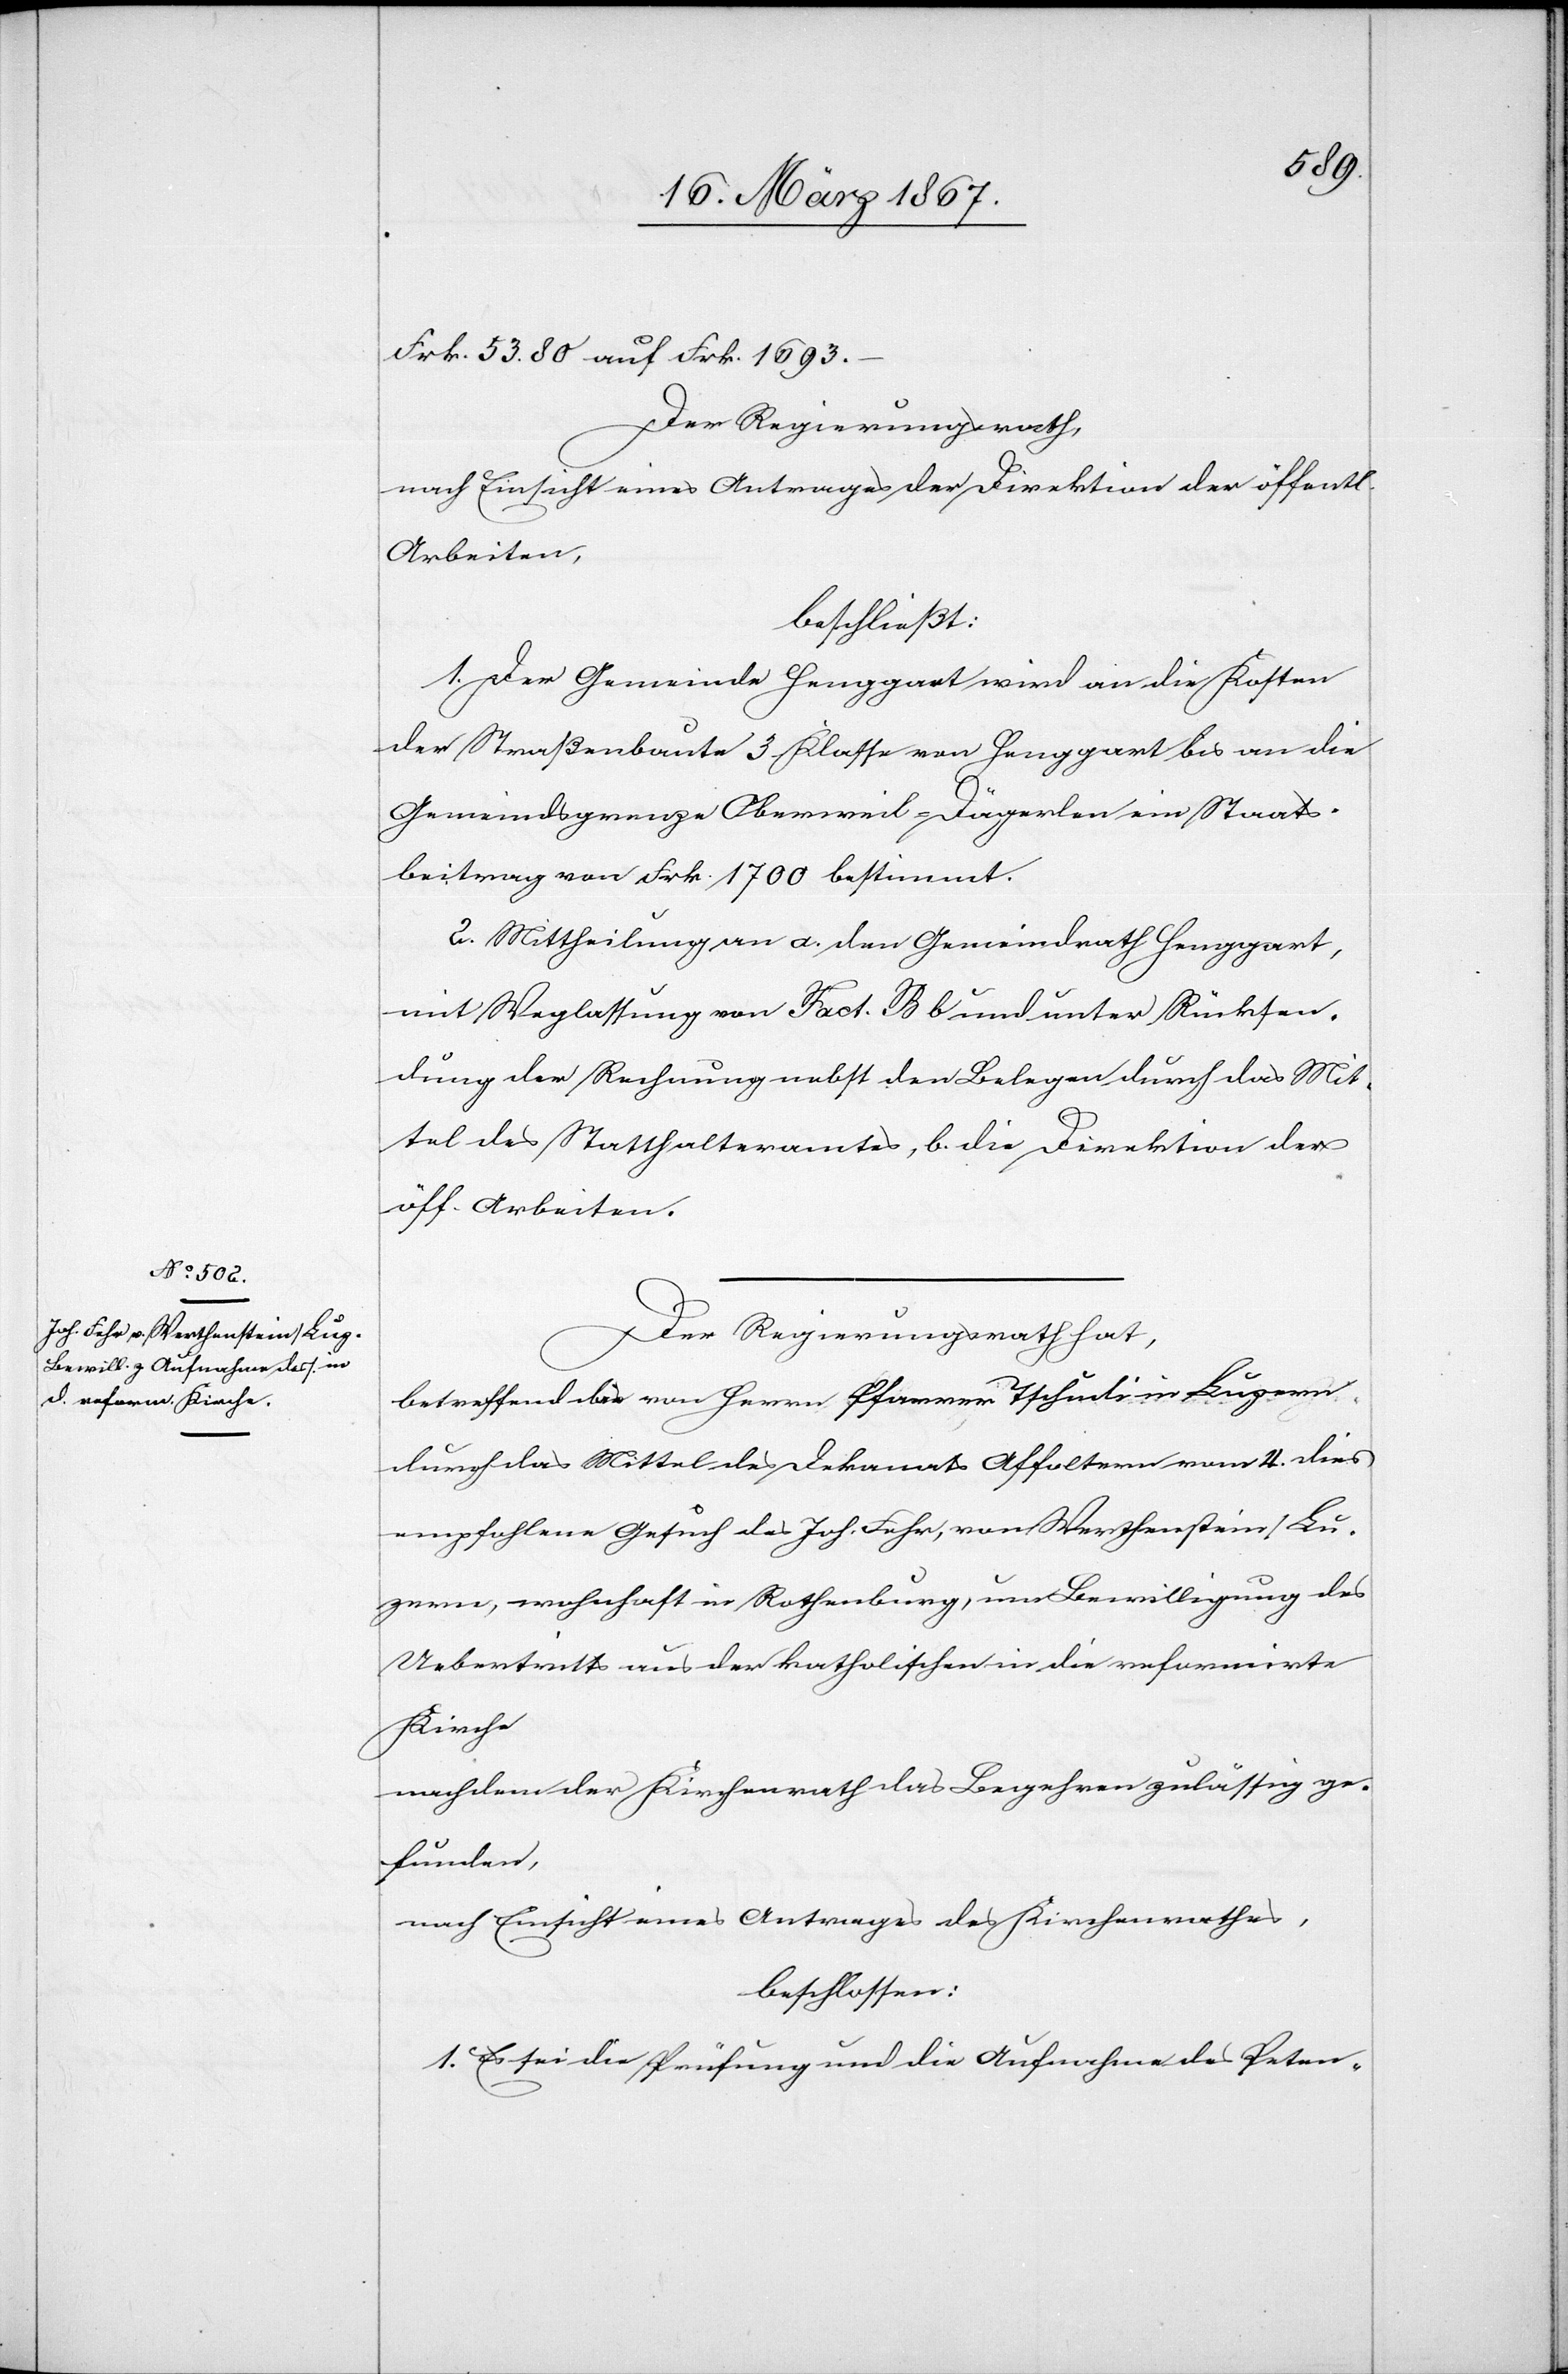
Frk. 53.80 auf Frk. 1693.–
Der Regierungsrath,
nach Einsicht eines Antrages der Direktion der öffentl.
Arbeiten
beschließt:
1. Der Gemeinde Henggart wird an die Kosten
der Straßenbaute 3. Klasse von Henggart bis an die
Gemeindsgrenze Oberweil-Dägerlen ein Staats¬
beitrag von Frk. 1700 bestimmt.
2. Mittheilung an a. den Gemeindrath Henggart,
mit Weglassung von Fact. B b und unter Rücksen¬
dung der Rechnung nebst den Belegen durch das Mit¬
tel des Statthalteramtes, b. die Direktion der
öff. Arbeiten.
Der Regierungsrath hat,
betreffend das von Herrn Pfarrer Tschudi in Luzern
durch das Mittel des Dekanats Affoltern vom 4. dies
empfohlene Gesuch des Joh. Fehr, von Werthenstein / Lu¬
zern, wohnhaft in Rothenburg, um Bewilligung des
Uebertritts aus der katholischen in die reformirte
Kirche
nachdem der Kirchenrath das Begehren zulässig ge¬
funden,
nach Einsicht eines Antrages des Kirchenrathes,
beschlossen:
1. Es sei die Prüfung und die Aufnahme des Peten-